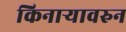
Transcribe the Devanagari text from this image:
किनार्‍यावरुन